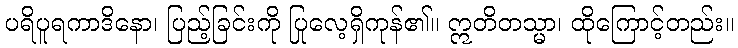
ပရိပူရကာဒိနော၊ ပြည့်ခြင်းကို ပြုလေ့ရှိကုန်၏။ ဣတိတသ္မာ၊ ထိုကြောင့်တည်း။